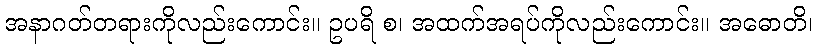
အနာဂတ်တရားကိုလည်းကောင်း။ ဥပရိ စ၊ အထက်အရပ်ကိုလည်းကောင်း။ အဓောတိ၊